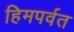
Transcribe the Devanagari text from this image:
हिमपर्वत